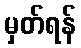
မှတ်ရန်